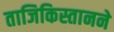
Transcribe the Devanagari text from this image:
ताजिकिस्तानने